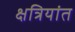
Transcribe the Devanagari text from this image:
क्षत्रियांत